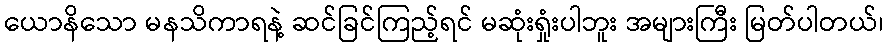
ယောနိသော မနသိကာရနဲ့ ဆင်ခြင်ကြည့်ရင် မဆုံးရှုံးပါဘူး အများကြီး မြတ်ပါတယ်၊